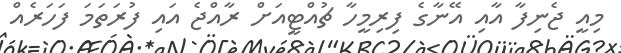
މިއީ ޖެނިފާ އާއި އޭނާގެ ފިރިމީހާ ޗުއްޓީއަށް ރާއްޖެ އައި ފުރަތަމަ ފަހަރެއް